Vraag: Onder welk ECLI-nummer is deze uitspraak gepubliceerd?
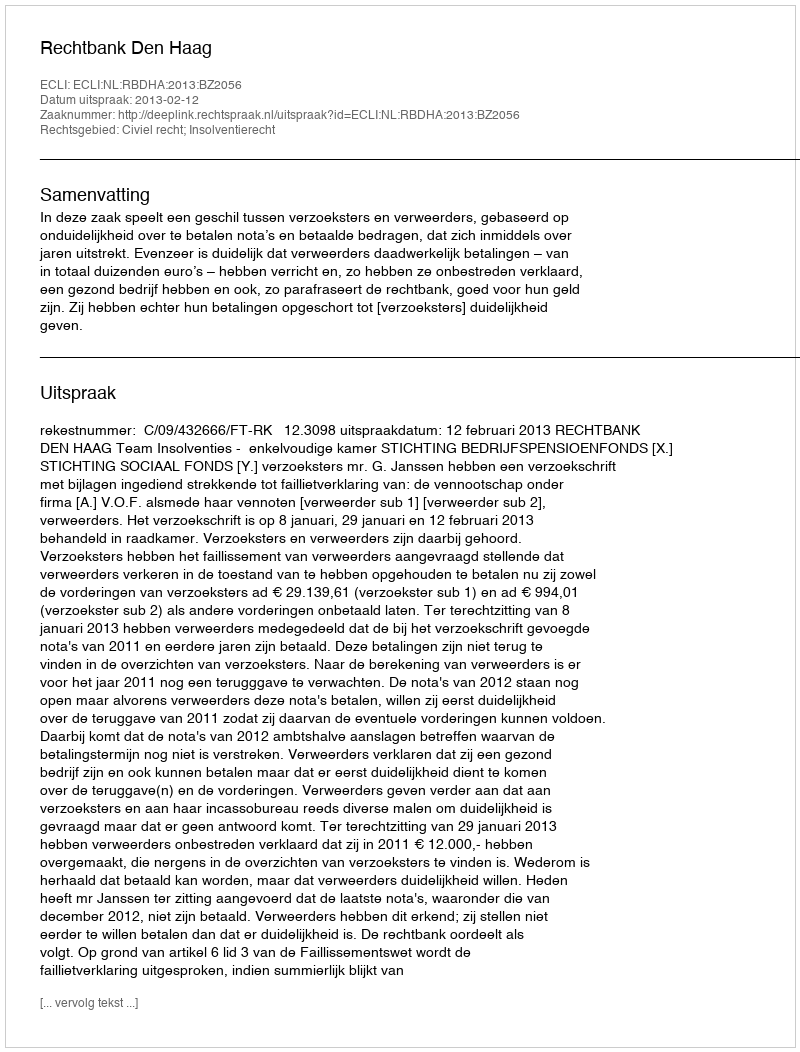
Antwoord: ECLI:NL:RBDHA:2013:BZ2056